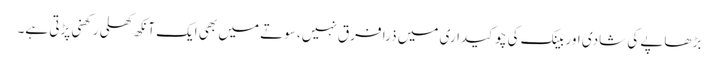
بڑھاپے کی شادی اور بینک کی چوکیداری میں ذرا فرق نہیں، سوتے میں بھی ایک آنکھ کھلی رکھنی پڑتی ہے۔